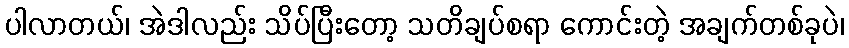
ပါလာတယ်၊ အဲဒါလည်း သိပ်ပြီးတော့ သတိချပ်စရာ ကောင်းတဲ့ အချက်တစ်ခုပဲ၊